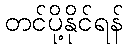
တင်ပို့နိုင်ရန်